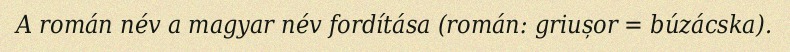
A román név a magyar név fordítása (román: griușor = búzácska).